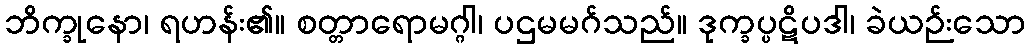
ဘိက္ခုနော၊ ရဟန်း၏။ စတ္တာရောမဂ္ဂါ၊ ပဌမမဂ်သည်။ ဒုက္ခပ္ပဋိပဒါ၊ ခဲယဉ်းသော